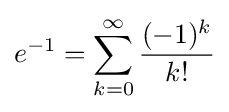
e^{-1}=\sum _{k=0}^{\infty }{\frac {(-1)^{k}}{k!}}